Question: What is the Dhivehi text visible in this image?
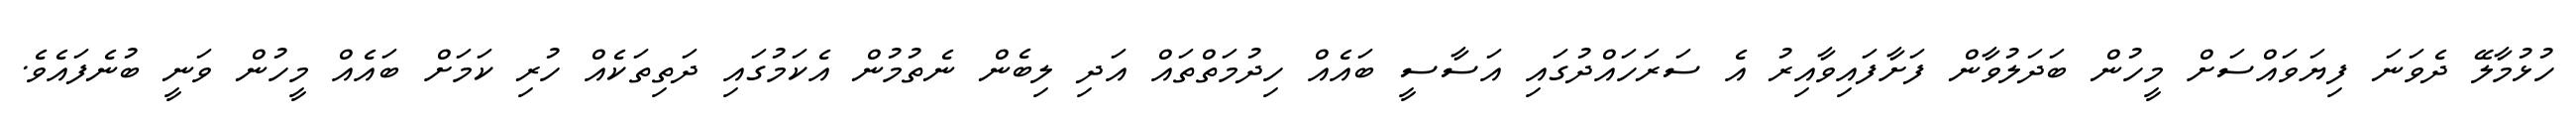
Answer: ހުޅުމާލޭ ދެވަނަ ފިޔަވައްސަށް މީހުން ބަދަލުވާން ފަށާފައިވާއިރު އެ ސަރަހައްދުގައި އަސާސީ ބައެއް ހިދުމަތްތައް އަދި ލިބެން ނެތުމުން އެކަމުގައި ދަތިތަކެއް ހުރި ކަމަށް ބައެއް މީހުން ވަނީ ބުނެފައެވެ.